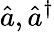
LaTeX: \hat{a},\hat{a}^{\dagger}